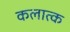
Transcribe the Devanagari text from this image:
कलात्क